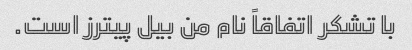
با تشکر اتفاقاً نام من بیل پیترز است.